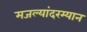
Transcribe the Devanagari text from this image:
मजल्यांदरम्यान